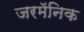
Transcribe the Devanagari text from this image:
जरमॅनिक